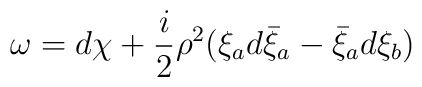
\omega= d\chi +\frac{i}{2}\rho^2(\xi_a d\bar{\xi}_a - \bar {\xi}_a d\xi_b)